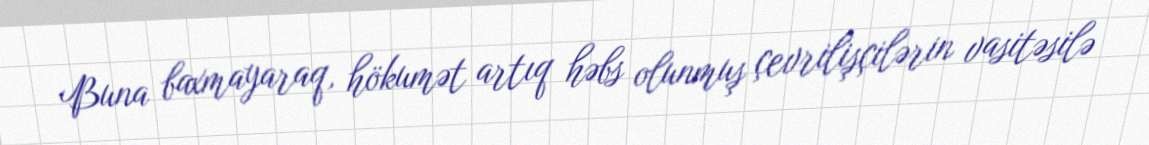
Buna baxmayaraq, hökumət artıq həbs olunmuş çevrilişçilərin vasitəsilə